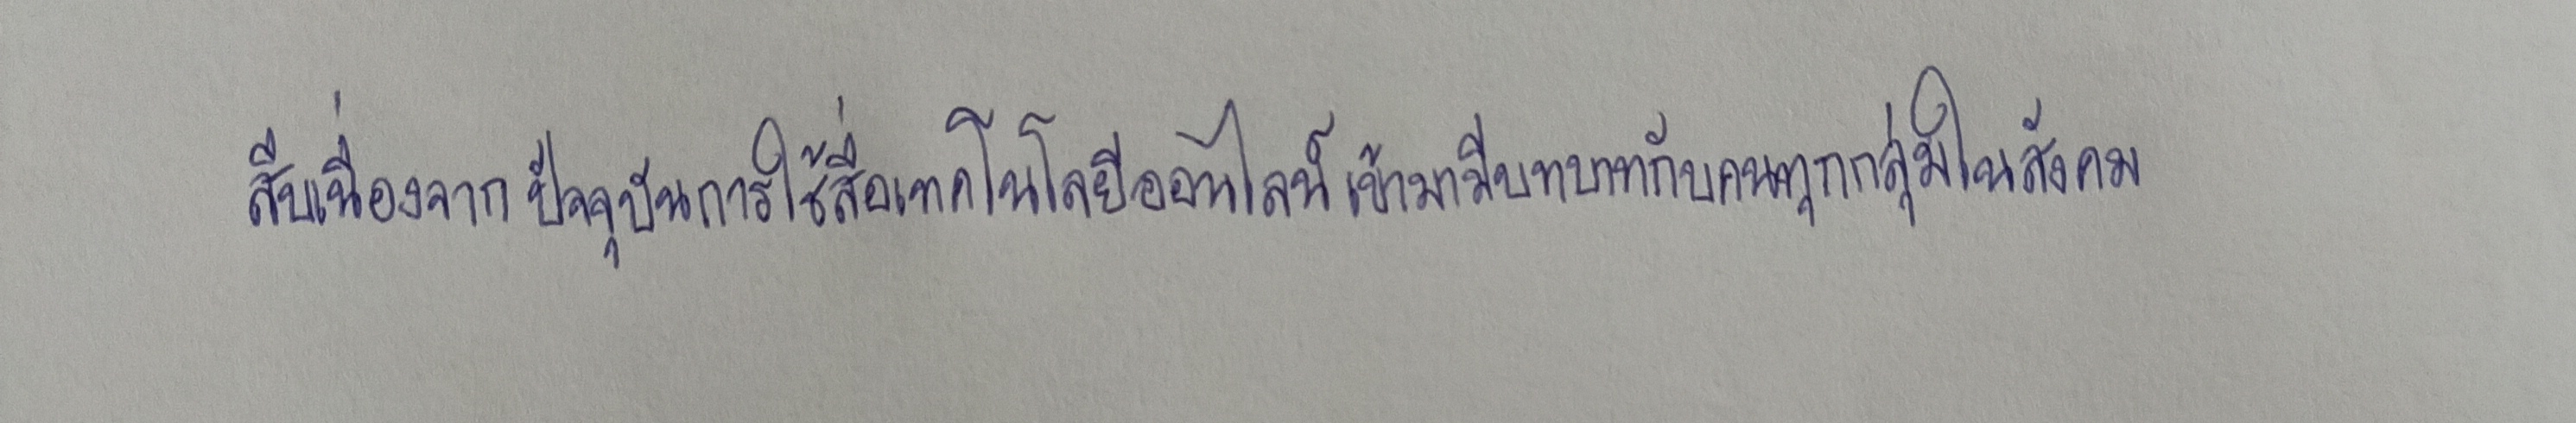
สืบเนื่องจากปัจจุบันการใช้สื่อเทคโนโลยีออนไลน์เข้ามามีบทบาทกับคนทุกกลุ่มในสังคม